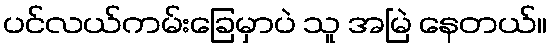
ပင်လယ်ကမ်းခြေမှာပဲ သူ အမြဲ နေတယ်။